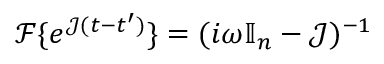
\mathcal F \{ e ^ { \mathcal J ( t - t ^ { \prime } ) } \} = ( i \omega \mathbb { I } _ { n } - \mathcal J ) ^ { - 1 }